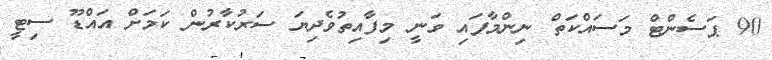
90 ޕަސެންޓް މަސައްކަތް ނިންމާފައި ވަނީ މިފާއިތުވެދިޔަ ސަރުކާރުން ކަމަށް އައްޑޫ ސިޓީ